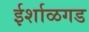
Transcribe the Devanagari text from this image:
ईर्शाळगड